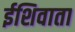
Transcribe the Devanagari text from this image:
ईशिवाता